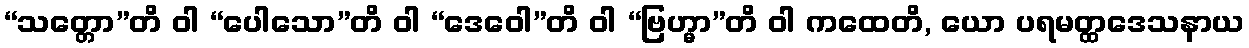
“သတ္တော”တိ ဝါ “ပေါသော”တိ ဝါ “ဒေဝေါ”တိ ဝါ “ဗြဟ္မာ”တိ ဝါ ကထေတိ, ယော ပရမတ္ထဒေသနာယ